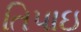
તિપાઇ